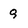
Character: Q